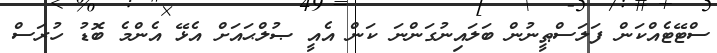
ސްޓޭޓެއްކަން ފަލަސްޠީނުން ބަލައިނުގަންނަ ކަން އެއީ ޞުލްޙައަށް އެޅޭ އެންމެ ބޮޑު ހުރަސް